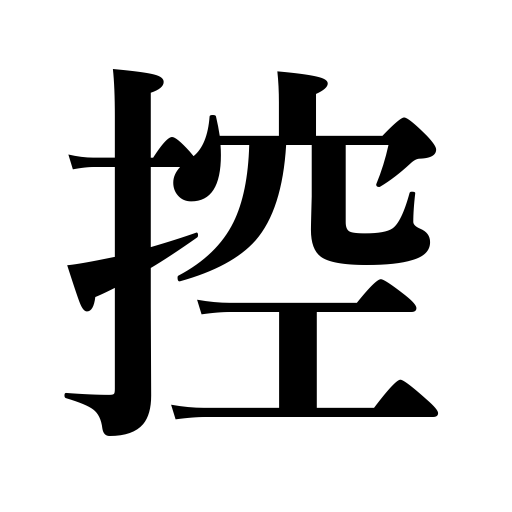
Meanings: moderate a report,refrain from,memo,wait,waiting,suspend judgment,hold back,draw in,make notes,have,reserve,be moderate,prop,duplicate,write